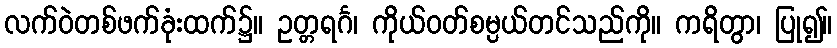
လက်ဝဲတစ်ဖက်ခုံးထက်၌။ ဥတ္တရင်္ဂ၊ ကိုယ်ဝတ်စမ္ပယ်တင်သည်ကို။ ကရိတွာ၊ ပြု၍။